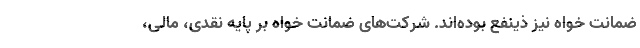
ضمانت خواه نیز ذینفع بوده‌اند. شرکت‌های ضمانت خواه بر پایه نقدی، مالی،